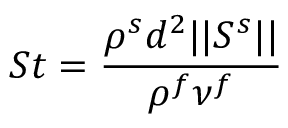
S t = \frac { \rho ^ { s } d ^ { 2 } \vert \vert \boldsymbol { S ^ { s } } \vert \vert } { \rho ^ { f } \nu ^ { f } }